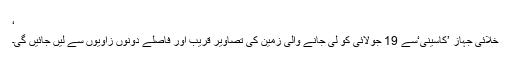
‘
خلائی جہاز ’کاسینی‘سے 19 جولائی کو لی جانے والی زمین کی تصاویر قریب اور فاصلے دونوں زاویوں سے لیں جائیں گی۔